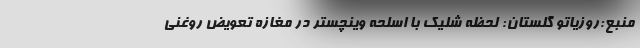
منبع:روزیاتو گلستان: لحظه شلیک با اسلحه وینچستر در مغازه تعویض روغنی